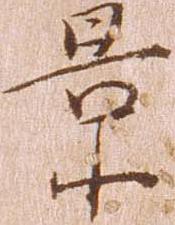
景